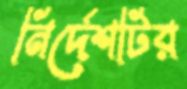
নির্দেশটির